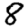
Digit: 8